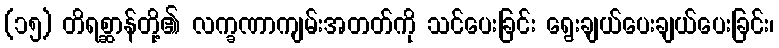
(၁၅) တိရစ္ဆာန်တို့၏ လက္ခဏာကျမ်းအတတ်ကို သင်ပေးခြင်း ရွေးချယ်ပေးချယ်ပေးခြင်း၊